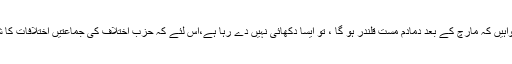
رہی یہ افواہیں کہ مارچ کے بعد دمادم مست قلندر ہو گا ، تو ایسا دکھائی نہیں دے رہا ہے،اس لئے کہ حزب اختلاف کی جماعتیں اختلافات کا شکار ہیں۔